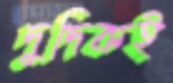
দুদিকই